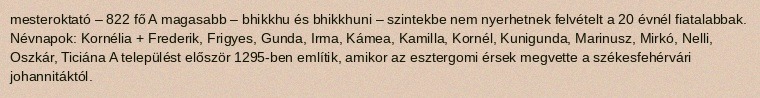
mesteroktató – 822 fő A magasabb – bhikkhu és bhikkhuni – szintekbe nem nyerhetnek felvételt a 20 évnél fiatalabbak. Névnapok: Kornélia + Frederik, Frigyes, Gunda, Irma, Kámea, Kamilla, Kornél, Kunigunda, Marinusz, Mirkó, Nelli, Oszkár, Ticiána A települést először 1295-ben említik, amikor az esztergomi érsek megvette a székesfehérvári johannitáktól.